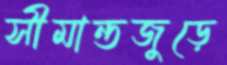
সীমান্তজুড়ে